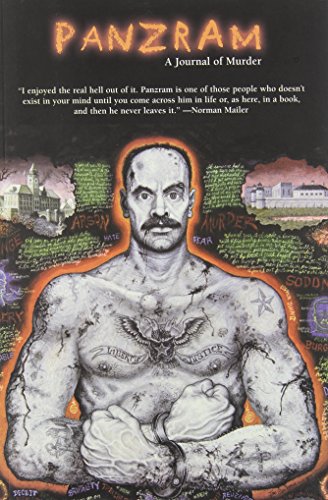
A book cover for Panzram A Journal of Murder; Biographies & Memoirs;